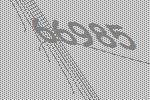
66985